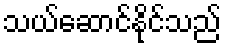
သယ်ဆောင်နိုင်သည်